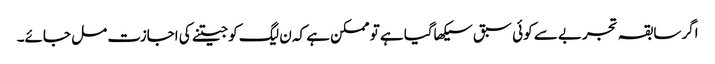
اگر سابقہ تجربے سے کوئی سبق سیکھاگیا ہے تو ممکن ہے کہ ن لیگ کو جیتنے کی اجازت مل جائے۔